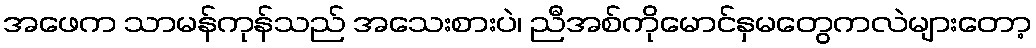
အဖေက သာမန်ကုန်သည် အသေးစားပဲ၊ ညီအစ်ကိုမောင်နှမတွေကလဲများတော့